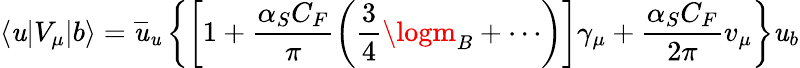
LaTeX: \langle\mathit{u}|V_{\mu}|b\rangle=\overline{{{{\mathit{u}}}}}_{\mathit{u}}\left\{ \left[1+\frac{{\alpha_{S}C_{F}}}{{\pi}}\left(\frac{{3}}{{4}}\logm_{B}+\cdots\right)\right]\gamma_{\mu}+\frac{{\alpha_{S}C_{F}}}{{2\pi}}v_{\mu}\right\} \mathit{u}_{b}